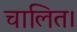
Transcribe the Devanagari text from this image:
चालित।